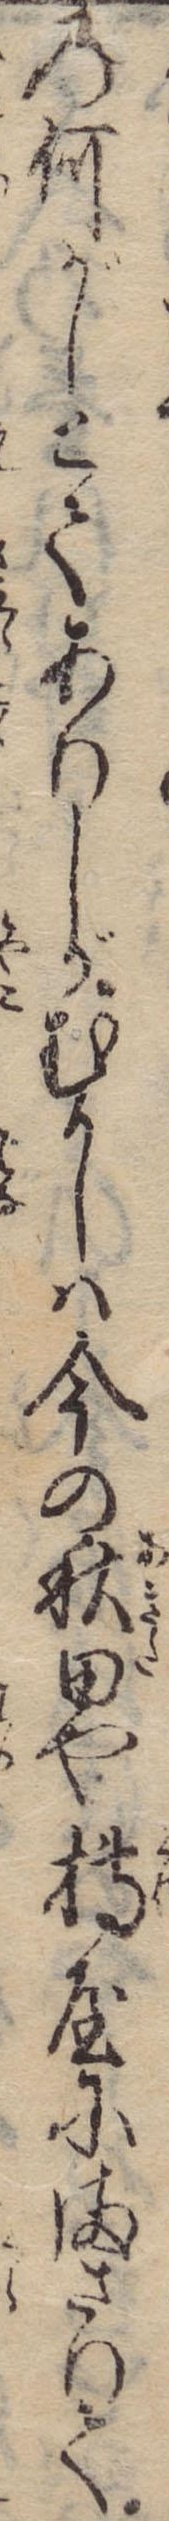
の何がしとてありしがむかしは今の秋田や槫屋にまさりて